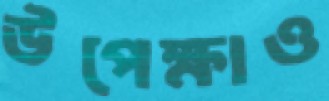
উপেক্ষাও